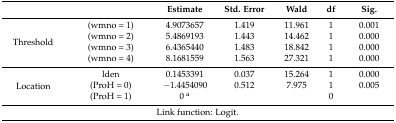
| <COLSPAN=2>  | Estimate | Std. Error | Wald | df | Sig. |
 | --- | --- | --- | --- | --- | --- | --- |
 | <ROWSPAN=4> Threshold | (wmno = 1) | 4.9073657 | 1.419 | 11.961 | 1 | 0.001 |
 | (wmno = 2) | 5.4869193 | 1.443 | 14.462 | 1 | 0.000 |
 | (wmno = 3) | 6.4365440 | 1.483 | 18.842 | 1 | 0.000 |
 | (wmno = 4) | 8.1681559 | 1.563 | 27.321 | 1 | 0.000 |
 | <ROWSPAN=3> Location | lden | 0.1453391 | 0.037 | 15.264 | 1 | 0.000 |
 | (ProH = 0) | −1.4454090 | 0.512 | 7.975 | 1 | 0.005 |
 | (ProH = 1) | 0 a |  |  | 0 |  |
 | <COLSPAN=7> Link function: Logit. |